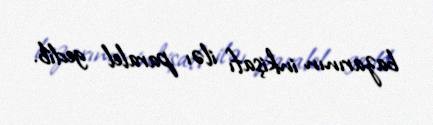
bazarının inkişafı iləı paralel gedib.